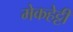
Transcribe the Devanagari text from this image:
मेकहेट्टी